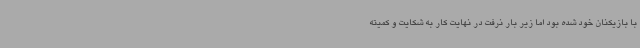
با بازیکنان خود شده بود اما زیر بار نرفت در نهایت کار به شکایت و کمیته